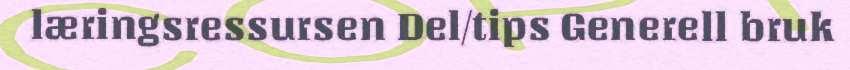
læringsressursen Del/tips Generell bruk